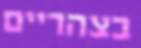
בצהריים